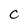
Character: C